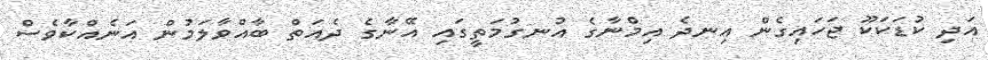
އަދި ކުޑަކަކޫ ޖަހައިގެން އިނދެ އިމްނާގެ އުނގުމަތީގައި އޭނާގެ ދެއަތް ބާއްވާލަމުން އަނެއްކާވެސް